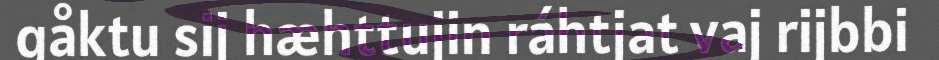
gåktu sij hæhttujin ráhtjat vaj rijbbi